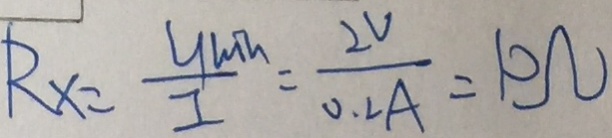
R _ { x } = \frac { y m h } { I } = \frac { 2 v } { 0 . 2 A } = 1 0 \Omega